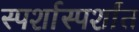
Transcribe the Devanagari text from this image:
स्पर्शास्पर्शांत